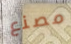
مصنع